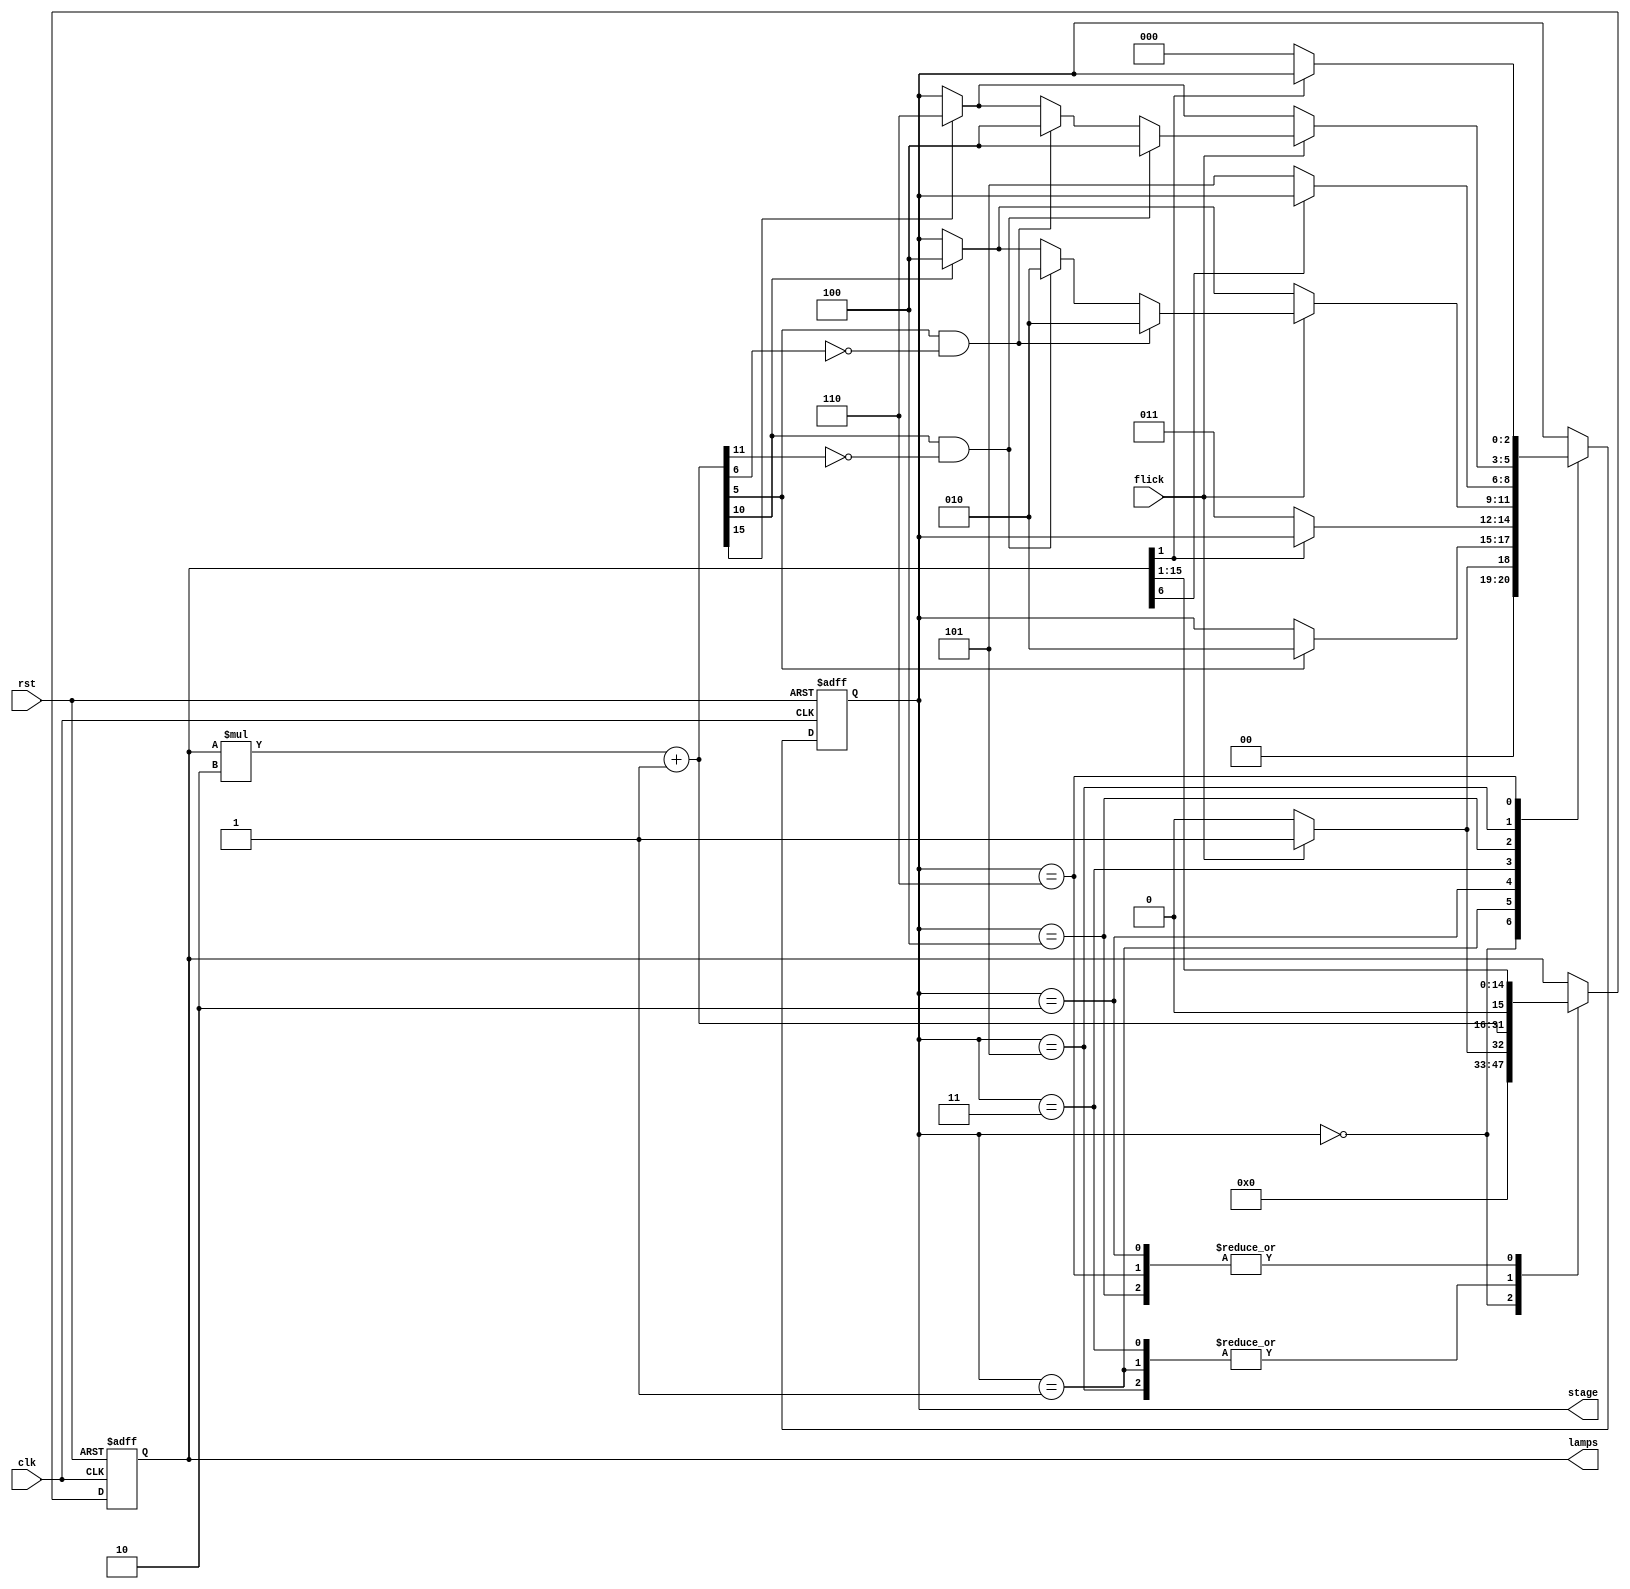
	module bound_flasher (clk,rst,flick,lamps,stage);

		 input flick, clk, rst;
		 
		 output [15:0]	lamps	;
		 output [2:0]	stage	;

		 reg [2:0] state;
		 reg [15:0] led;

		
		 
		 
		 parameter 
		 S0 	= 	3'd0, 
		 S1 	= 	3'd1, 
		 S2 	= 	3'd2, 
		 S3 	= 	3'd3, 
		 S4 	= 	3'd4, 
		 S5 	= 	3'd5, 
		 S6 	= 	3'd6;
		// S7 	= 	3'd7;
		 
		 assign lamps 	= 	led;
		 assign stage 	= 	state;
		 
		 always @(posedge clk or negedge rst) 
		 begin
			if (!rst) 
				begin
					led = 0;
					state = S0;
				end
			
			else
			
			 case(state)
			 
				  S0:
				  //
				  begin
						led = 0;
						state =S0;
						//fixed 
						
						
						 if (flick == 1) 
						 begin
							  state = S1;
							  led = 1;
						 end

				  end

				  S1:
				  begin
						led = led*2 + 1; //turn on inital
						if (led[5] == 1) 
							state = S2;
				  end

				  S2:
				  begin
						led = (led >> 1); //binary right shift //turn off 5->0
						//ked [0:15] led 4'00001 -> led =led >>1 = 00000
						if (led[0] == 0) 
							state = S3; 
				  end

				  S3:
				  begin
						led = led*2 + 1; //turn on 0->10 normal flow

						if(led[10]==1) //normal flow end
							state =S4;

						if(flick==1)				// if flick on (not normal flow)
						begin
						
							if (led[10] == 1 && led[11] == 0) 
								state =S2;
								
							if(led[5] == 1 && led[6] == 0)
								state =S2;
						
						end
			
								
				  end

				  S4:
				  begin
						led=(led>>1); // gradually turn off 10->5
						if(led[5]==0) //normal flow always, flick dont effect
							state =S5;
				  end

				  S5:
				  begin
						led = led*2 + 1;
						if (led[15] == 1)  //normal flow 15 
							state = S6;
							
						if(flick==1)//flick on
						begin
							if(led[5] == 1 && led[6] == 0) 
								state = S4;
								
							if(led[10] == 1 && led[11] == 0)
								state=S4;
						end      
					

				  end

				  S6:
				  begin
						led = (led >> 1);
						 if (led[0] == 0)
							state = S0; 
				  end

				  
			 endcase
		 end

	endmodule